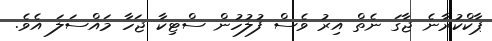
ޕާކްކުރާނެ ޖާގަ ނެތް އިރު ވެސް ފުލުހުން ސްޓިކާ ޖަހާ މައްސަލަ އެވެ.